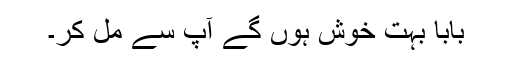
بابا بہت خوش ہوں گے آپ سے مل کر۔